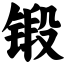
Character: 锻